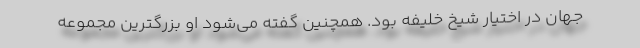
جهان در اختیار شیخ خلیفه بود. همچنین گفته می‌شود او بزرگترین مجموعه‌